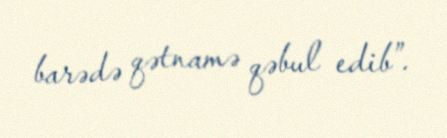
barədə qətnamə qəbul edib”.